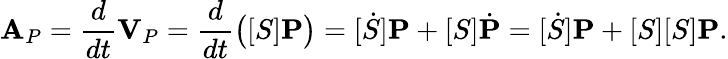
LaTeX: {\textbf{A}}_{P}={\frac{d}{dt}}{\textbf{V}}_{P}={\frac{d}{dt}}{\big(}[S]{\textbf{P}}{\big)}=[{\dot{S}}]{\textbf{P}}+[S]{\dot{\textbf{P}}}=[{\dot{S}}]{\textbf{P}}+[S][S]{\textbf{P}}.